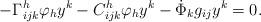
LaTeX: \begin{align*} -\Gamma^h_{ijk}\varphi_hy^k-C^h_{ijk}\varphi_hy^k-\dot{\Phi}_{k}g_{ij}y^k=0. \end{align*}